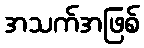
အသက်အဖြစ်